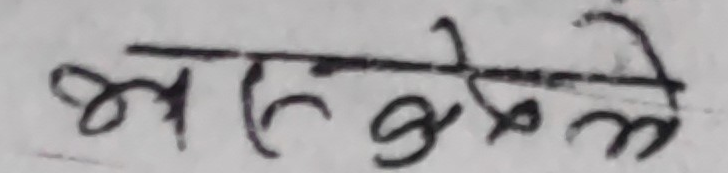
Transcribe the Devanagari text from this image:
भएकेनले